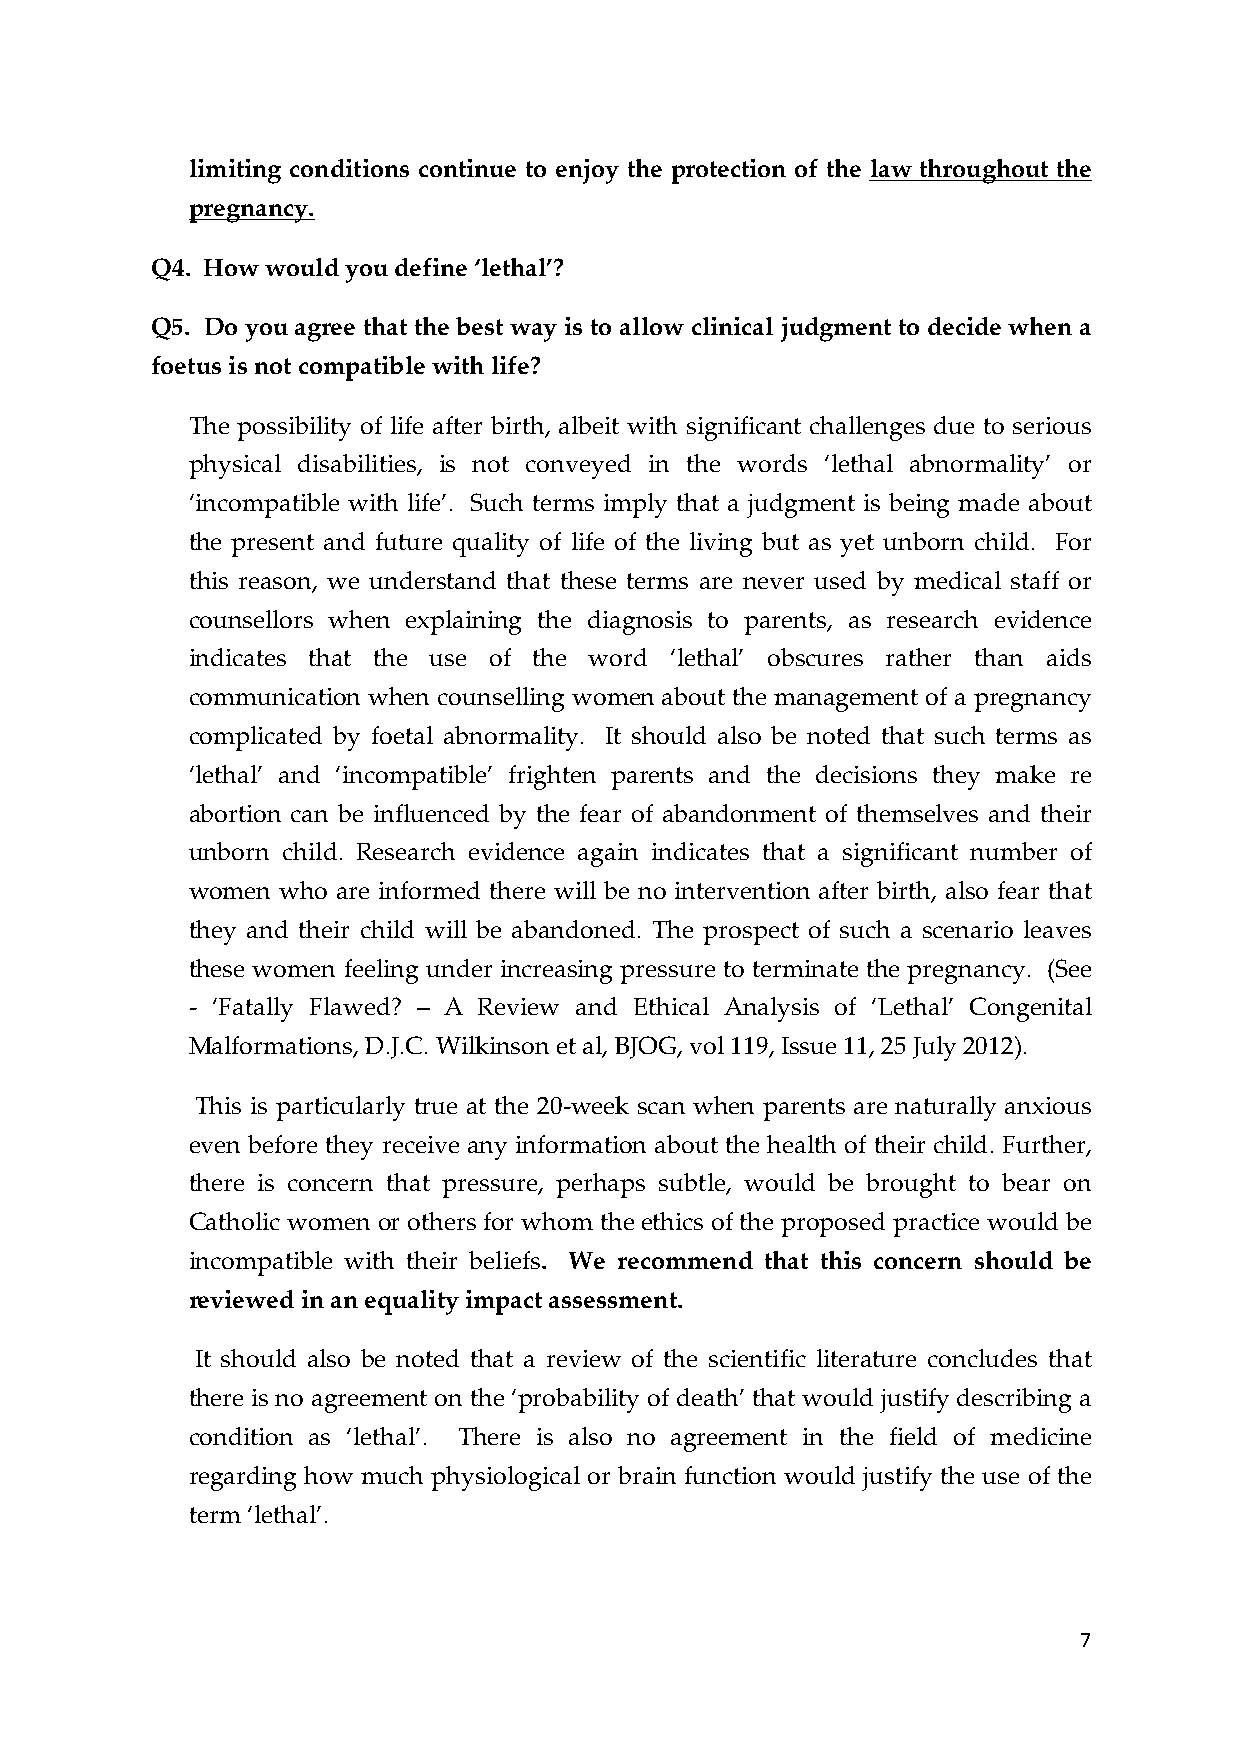
limiting conditions continue to enjoy the protection of the law throughout the
 pregnancy.
 Q4. How would you define ‘lethal’?
 Q5. Do you agree that the best way is to allow clinical judgment to decide when a
 foetus is not compatible with life?
 The possibility of life after birth, albeit with significant challenges due to serious
 physical disabilities, is not conveyed in the words ‘lethal abnormality’ or
 ‘incompatible with life’. Such terms imply that a judgment is being made about
 the present and future quality of life of the living but as yet unborn child. For
 this reason, we understand that these terms are never used by medical staff or
 counsellors when explaining the diagnosis to parents, as research evidence
 indicates that the use of the word ‘lethal’ obscures rather than aids
 communication when counselling women about the management of a pregnancy
 complicated by foetal abnormality. It should also be noted that such terms as
 ‘lethal’ and ‘incompatible’ frighten parents and the decisions they make re
 abortion can be influenced by the fear of abandonment of themselves and their
 unborn child. Research evidence again indicates that a significant number of
 women  who are informed there will be no intervention after birth, also fear that
 they and their child will be abandoned. The prospect of such a scenario leaves
 these women feeling under increasing pressure to terminate the pregnancy. (See
 -­‐‑ ‘Fatally Flawed? – A Review and Ethical Analysis of ‘Lethal’ Congenital
 Malformations, D.J.C. Wilkinson et al, BJOG, vol 119, Issue 11, 25 July 2012).
 This is particularly true at the 20-­‐‑week scan when parents are naturally anxious
 even before they receive any information about the health of their child. Further,
 there is concern that pressure, perhaps subtle, would be brought to bear on
 Catholic women or others for whom the ethics of the proposed practice would be
 incompatible with their beliefs. We recommend that this concern should be
 reviewed in an equality impact assessment.
 It should also be noted that a review of the scientific literature concludes that
 there is no agreement on the ‘probability of death’ that would justify describing a
 condition as ‘lethal’. There is also no agreement in the field of medicine
 regarding how much physiological or brain function would justify the use of the
 term ‘lethal’.
 7